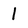
Character: 1